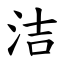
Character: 洁